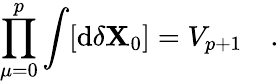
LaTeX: \prod_{\mu=0}^{p}\int[\mathrm{d}\delta{\mathbf{X}}_{0}]=V_{p+1}\quad.